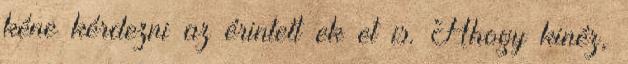
kéne kérdezni az érintett ek et is. Ahogy kinéz,